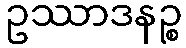
ဥဿာဒနဉ္စ